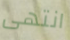
انتهى